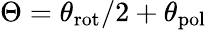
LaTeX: \Theta=\theta_{\textrm{rot}}/2+\theta_{\textrm{pol}}